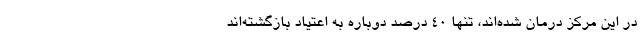
در این مرکز درمان شده‌اند، تنها ۴۰ درصد دوباره به اعتیاد بازگشته‌اند